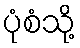
ပုံစံသို့